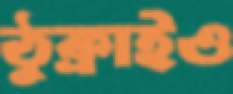
ঠুক্‌রাইও